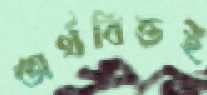
অর্থবিত্তই